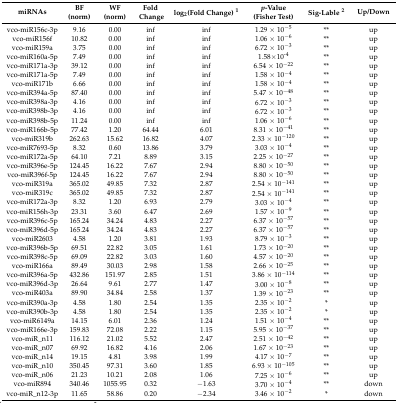
<table><thead><tr><td><b>miRNAs</b></td><td><b>BF (norm)</b></td><td><b>WF (norm)</b></td><td><b>Fold Change</b></td><td><b>log<sub>2</sub>(Fold Change) <sup>1</sup></b></td><td><b><i>p</i>-Value (Fisher Test)</b></td><td><b>Sig-Lable <sup>2</sup></b></td><td><b>Up/Down</b></td></tr></thead><tbody><tr><td>vco-miR156c-3p</td><td>9.16</td><td>0.00</td><td>inf</td><td>inf</td><td>1.29 × 10<sup>−5</sup></td><td>**</td><td>up</td></tr><tr><td>vco-miR156f</td><td>10.82</td><td>0.00</td><td>inf</td><td>inf</td><td>1.06 × 10<sup>−6</sup></td><td>**</td><td>up</td></tr><tr><td>vco-miR159a</td><td>3.75</td><td>0.00</td><td>inf</td><td>inf</td><td>6.72 × 10<sup>−3</sup></td><td>**</td><td>up</td></tr><tr><td>vco-miR160a-5p</td><td>7.49</td><td>0.00</td><td>inf</td><td>inf</td><td>1.58×10<sup>-4</sup></td><td>**</td><td>up</td></tr><tr><td>vco-miR171a-3p</td><td>39.12</td><td>0.00</td><td>inf</td><td>inf</td><td>6.54 × 10<sup>−22</sup></td><td>**</td><td>up</td></tr><tr><td>vco-miR171a-5p</td><td>7.49</td><td>0.00</td><td>inf</td><td>inf</td><td>1.58 × 10<sup>−4</sup></td><td>**</td><td>up</td></tr><tr><td>vco-miR171b</td><td>6.66</td><td>0.00</td><td>inf</td><td>inf</td><td>1.58 × 10<sup>−4</sup></td><td>**</td><td>up</td></tr><tr><td>vco-miR394a-5p</td><td>87.40</td><td>0.00</td><td>inf</td><td>inf</td><td>5.47 × 10<sup>−48</sup></td><td>**</td><td>up</td></tr><tr><td>vco-miR398a-3p</td><td>4.16</td><td>0.00</td><td>inf</td><td>inf</td><td>6.72 × 10<sup>−3</sup></td><td>**</td><td>up</td></tr><tr><td>vco-miR398b-3p</td><td>4.16</td><td>0.00</td><td>inf</td><td>inf</td><td>6.72 × 10<sup>−3</sup></td><td>**</td><td>up</td></tr><tr><td>vco-miR398b-5p</td><td>11.24</td><td>0.00</td><td>inf</td><td>inf</td><td>1.06 × 10<sup>−6</sup></td><td>**</td><td>up</td></tr><tr><td>vco-miR166b-5p</td><td>77.42</td><td>1.20</td><td>64.44</td><td>6.01</td><td>8.31 × 10<sup>−41</sup></td><td>**</td><td>up</td></tr><tr><td>vco-miR319b</td><td>262.63</td><td>15.62</td><td>16.82</td><td>4.07</td><td>2.33 × 10<sup>−120</sup></td><td>**</td><td>up</td></tr><tr><td>vco-miR7693-5p</td><td>8.32</td><td>0.60</td><td>13.86</td><td>3.79</td><td>3.03 × 10<sup>−4</sup></td><td>**</td><td>up</td></tr><tr><td>vco-miR172a-5p</td><td>64.10</td><td>7.21</td><td>8.89</td><td>3.15</td><td>2.25 × 10<sup>−27</sup></td><td>**</td><td>up</td></tr><tr><td>vco-miR396e-5p</td><td>124.45</td><td>16.22</td><td>7.67</td><td>2.94</td><td>8.80 × 10<sup>−50</sup></td><td>**</td><td>up</td></tr><tr><td>vco-miR396f-5p</td><td>124.45</td><td>16.22</td><td>7.67</td><td>2.94</td><td>8.80 × 10<sup>−50</sup></td><td>**</td><td>up</td></tr><tr><td>vco-miR319a</td><td>365.02</td><td>49.85</td><td>7.32</td><td>2.87</td><td>2.54 × 10<sup>−141</sup></td><td>**</td><td>up</td></tr><tr><td>vco-miR319c</td><td>365.02</td><td>49.85</td><td>7.32</td><td>2.87</td><td>2.54 × 10<sup>−141</sup></td><td>**</td><td>up</td></tr><tr><td>vco-miR172a-3p</td><td>8.32</td><td>1.20</td><td>6.93</td><td>2.79</td><td>3.03 × 10<sup>−4</sup></td><td>**</td><td>up</td></tr><tr><td>vco-miR156h-3p</td><td>23.31</td><td>3.60</td><td>6.47</td><td>2.69</td><td>1.57 × 10<sup>−9</sup></td><td>**</td><td>up</td></tr><tr><td>vco-miR396c-5p</td><td>165.24</td><td>34.24</td><td>4.83</td><td>2.27</td><td>6.37 × 10<sup>−57</sup></td><td>**</td><td>up</td></tr><tr><td>vco-miR396d-5p</td><td>165.24</td><td>34.24</td><td>4.83</td><td>2.27</td><td>6.37 × 10<sup>−57</sup></td><td>**</td><td>up</td></tr><tr><td>vco-miR2603</td><td>4.58</td><td>1.20</td><td>3.81</td><td>1.93</td><td>8.79 × 10<sup>−3</sup></td><td>**</td><td>up</td></tr><tr><td>vco-miR396b-5p</td><td>69.51</td><td>22.82</td><td>3.05</td><td>1.61</td><td>1.73 × 10<sup>−20</sup></td><td>**</td><td>up</td></tr><tr><td>vco-miR398c-5p</td><td>69.09</td><td>22.82</td><td>3.03</td><td>1.60</td><td>4.57 × 10<sup>−20</sup></td><td>**</td><td>up</td></tr><tr><td>vco-miR166a</td><td>89.49</td><td>30.03</td><td>2.98</td><td>1.58</td><td>2.66 × 10<sup>−25</sup></td><td>**</td><td>up</td></tr><tr><td>vco-miR396a-5p</td><td>432.86</td><td>151.97</td><td>2.85</td><td>1.51</td><td>3.86 × 10<sup>−114</sup></td><td>**</td><td>up</td></tr><tr><td>vco-miR396d-3p</td><td>26.64</td><td>9.61</td><td>2.77</td><td>1.47</td><td>3.00 × 10<sup>−8</sup></td><td>**</td><td>up</td></tr><tr><td>vco-miR403a</td><td>89.90</td><td>34.84</td><td>2.58</td><td>1.37</td><td>1.39 × 10<sup>−23</sup></td><td>**</td><td>up</td></tr><tr><td>vco-miR390a-3p</td><td>4.58</td><td>1.80</td><td>2.54</td><td>1.35</td><td>2.35 × 10<sup>−2</sup></td><td>*</td><td>up</td></tr><tr><td>vco-miR390b-3p</td><td>4.58</td><td>1.80</td><td>2.54</td><td>1.35</td><td>2.35 × 10<sup>−2</sup></td><td>*</td><td>up</td></tr><tr><td>vco-miR6149a</td><td>14.15</td><td>6.01</td><td>2.36</td><td>1.24</td><td>1.51 × 10<sup>−4</sup></td><td>**</td><td>up</td></tr><tr><td>vco-miR166e-3p</td><td>159.83</td><td>72.08</td><td>2.22</td><td>1.15</td><td>5.95 × 10<sup>−37</sup></td><td>**</td><td>up</td></tr><tr><td>vco-miR_n11</td><td>116.12</td><td>21.02</td><td>5.52</td><td>2.47</td><td>2.51 × 10<sup>−42</sup></td><td>**</td><td>up</td></tr><tr><td>vco-miR_n07</td><td>69.92</td><td>16.82</td><td>4.16</td><td>2.06</td><td>1.67 × 10<sup>−23</sup></td><td>**</td><td>up</td></tr><tr><td>vco-miR_n14</td><td>19.15</td><td>4.81</td><td>3.98</td><td>1.99</td><td>4.17 × 10<sup>−7</sup></td><td>**</td><td>up</td></tr><tr><td>vco-miR_n10</td><td>350.45</td><td>97.31</td><td>3.60</td><td>1.85</td><td>6.93 × 10<sup>−105</sup></td><td>**</td><td>up</td></tr><tr><td>vco-miR_n06</td><td>21.23</td><td>10.21</td><td>2.08</td><td>1.06</td><td>7.25 × 10<sup>−6</sup></td><td>**</td><td>up</td></tr><tr><td>vco-miR894</td><td>340.46</td><td>1055.95</td><td>0.32</td><td>−1.63</td><td>3.70 × 10<sup>−4</sup></td><td>**</td><td>down</td></tr><tr><td>vco-miR_n12-3p</td><td>11.65</td><td>58.86</td><td>0.20</td><td>−2.34</td><td>3.46 × 10<sup>−2</sup></td><td>*</td><td>down</td></tr></tbody></table>